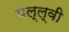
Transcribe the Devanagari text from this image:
पल्ल्वी